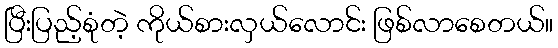
ပြီးပြည့်စုံတဲ့ ကိုယ်စားလှယ်လောင်း ဖြစ်လာစေတယ်။